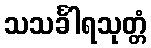
သသင်္ခါရသုတ္တံ